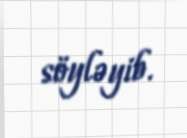
söyləyib.